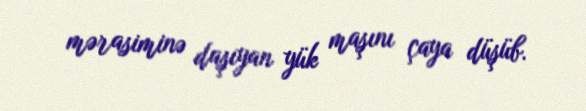
mərasiminə daşıyan yük maşını çaya düşüb.